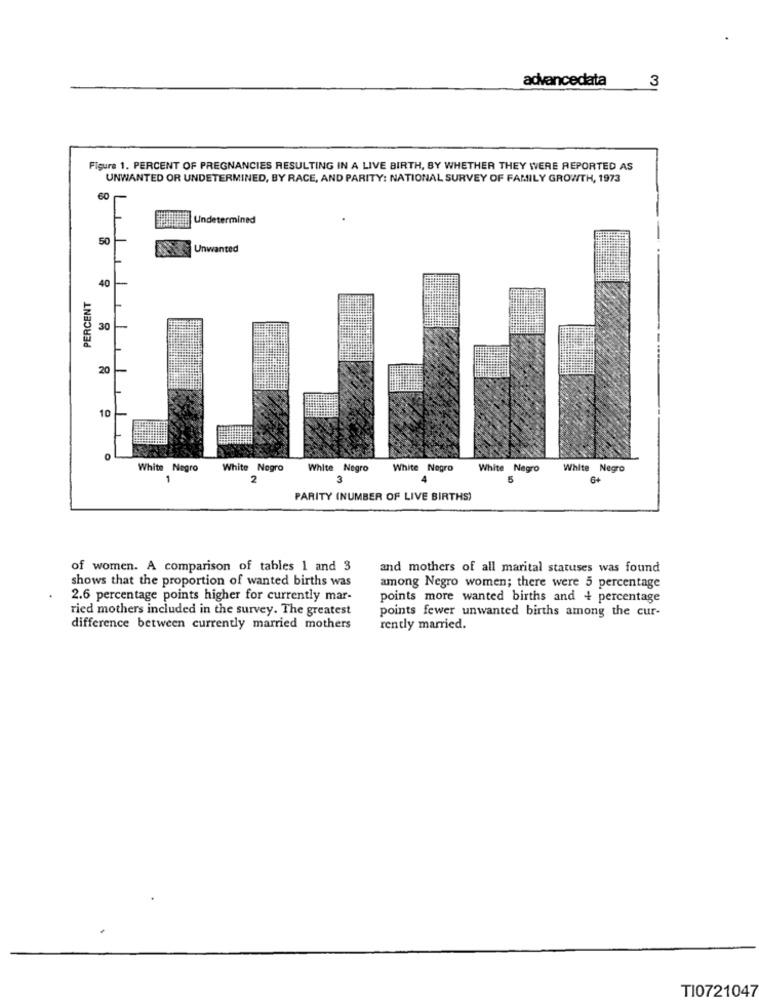
advancedata
3
Figure 1. PERCENT OF PREGNANCIES RESULTING IN A LIVE BIRTH, BY WHETHER THEY WERE REPORTED AS
UNWANTED OR UNDETERMINED, BY RACE, AND PARITY: NATIONAL SURVEY OF FAMILY GROWTH, 1973
Undetermined
50
Unwanted
40
PERCENT
30
20
10
White Negro
White Negro
White Negro
White Negro
White Negro
White Negro
1
2
3
6+
PARITY (NUMBER OF LIVE BIRTHS)
of women. A comparison of tables 1 and 3
and mothers of all marital statuses was found
shows that the proportion of wanted births was
among Negro women; there were 5 percentage
2.6 percentage points higher for currently mar-
points more wanted births and + percentage
ried mothers included in the survey. The greatest
points fewer unwanted births among the cur-
difference between currently married mothers
rently married.
TI0721047